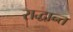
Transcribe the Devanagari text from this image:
राद्धान्त